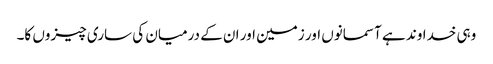
وہی خداوند ہے آسمانوں اور زمین اور ان کے درمیان کی ساری چیزوں کا۔